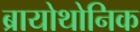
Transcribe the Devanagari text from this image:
ब्रायोथोनिक